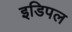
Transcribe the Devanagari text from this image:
इडिपल